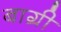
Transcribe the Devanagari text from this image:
बाग्री